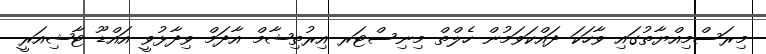
މިރަސްމިއްޔާތުގައި ވާހަކަ ދައްކަވަމުން ހެލްތް މިނިސްޓަރ އިރުތިޝާމް އާދަމް ވިދާޅުވީ އައްޑޫ ޓާޝިއަރީ